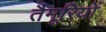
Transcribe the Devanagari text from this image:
तैमूरियों